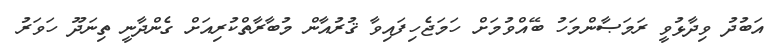
އަބުދު ވިދާޅުވީ ރަމަޞާންމަހު ބޭއްވުމަށް ހަމަޖެހިފައިވާ ޤުރުއާން މުބާރާތްކުރިއަށް ގެންދާނީ ތިނަދޫ ހަވަރު